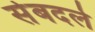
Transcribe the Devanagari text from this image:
सेबदले